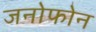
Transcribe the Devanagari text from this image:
जनोफोन